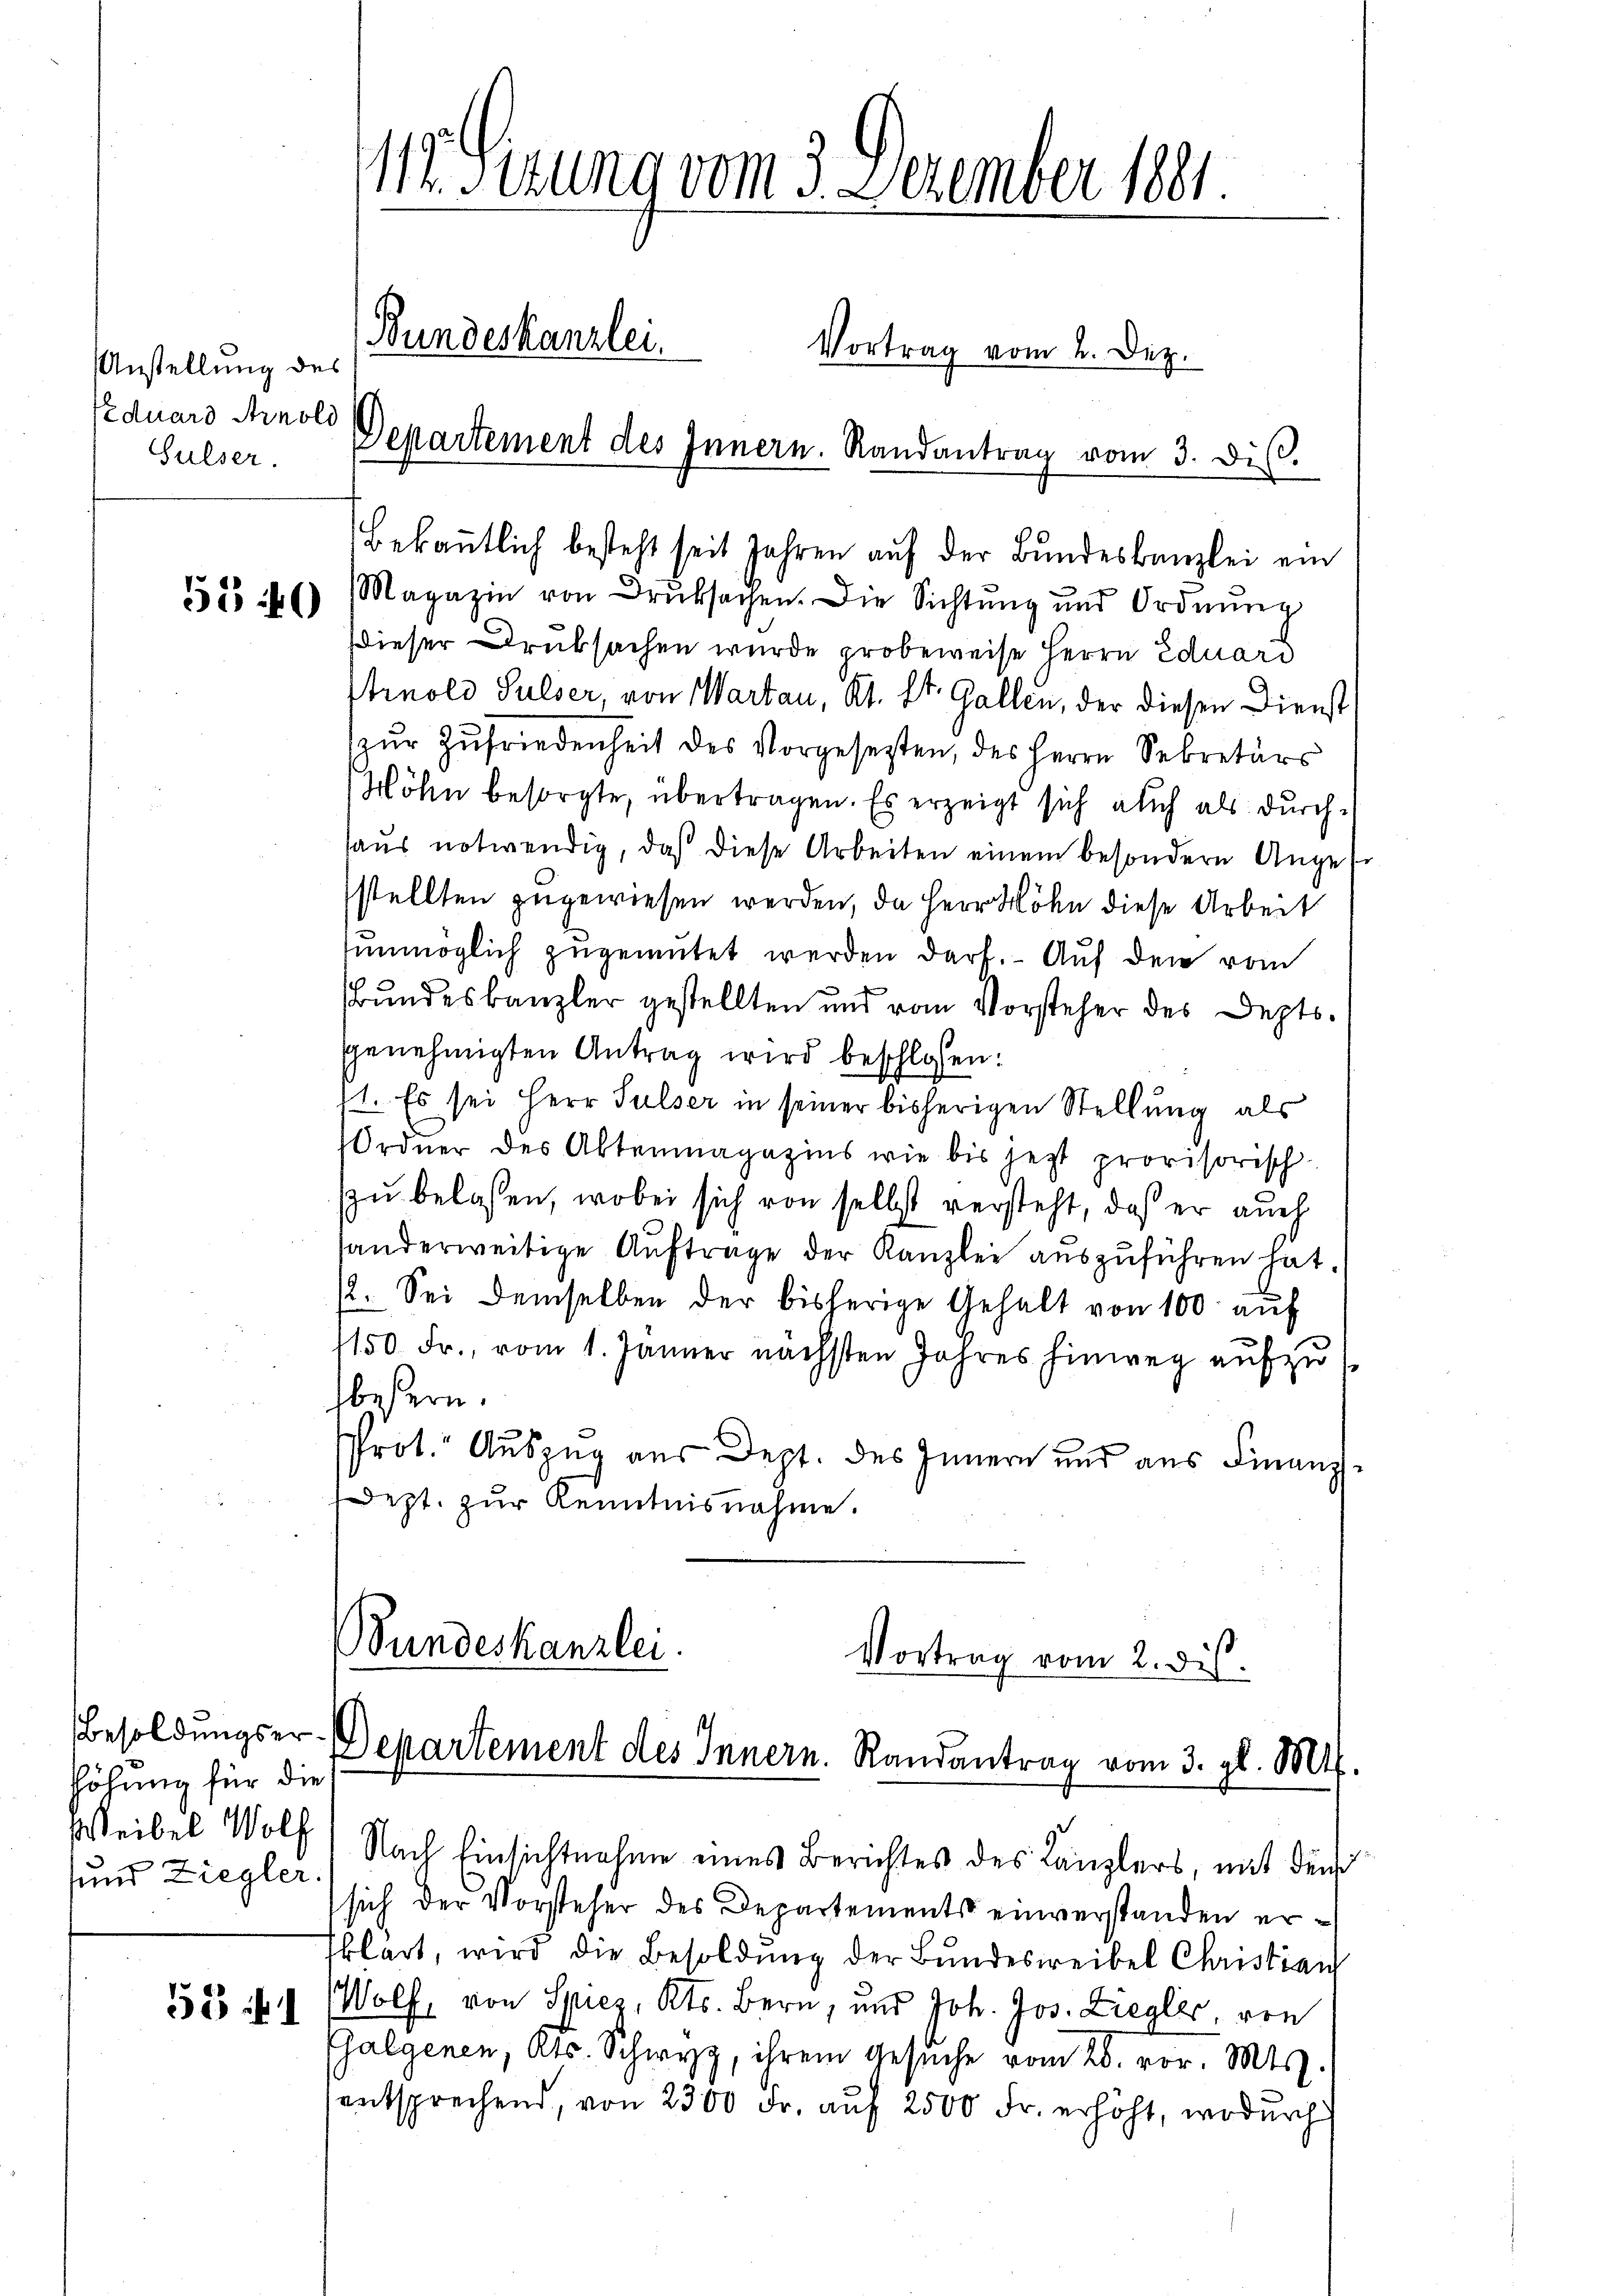
Anstellung des
Eduard Arnold
Gulser.

55 40

Besoldungserhöhung für die
sund Ziegler.

53 f

117. Sitzung vom 3. Dezember 1881.
(Bundeskanzlei.
Vortrag vom 2. Dez.
Departement des Innern. Randantrag vom 3. diβ.

bekanntlich besteht seit Jahren auf der Bundeskanzlei ein
Magazin von Druksachen. Die Sichtŭng und Ordnŭng
dieser Druksachen wurde probeweise Herrn Eduard
Strnold Sulser, von Martau, Kt. St. Gallen, der diesen Dienst
zur Zufriedenheit des Vorgesetzten, des Herrn Sekretärs
Höhn besorgte, übertragen. Es erzeigt sich auch als durchhaŭs notwendig, daß diese Arbeiten einem besondern Angestellten zugewiesen werden, da Herr Höhe diese Arbeit
unmöglich zugemutet werden darf. Auf den vom
Bundeskanzler gestellten und vom Vorsteher des Deptsgenehmigten Antrag wird beschlossen:
71. Es sei Herr Sulser in seiner bisherigen Stellung als
Ordner des Aktenmagazins wie bis jetzt provisorisch
zu belassen, wobei sich von selbst versteht, daß er auch
handerweitige Auftrage der Kanzlei auszuführen hat.
12. Sei demselben der bisherige Gehalt von 100 auf
1150 Fr., vom 1. Jänner nächsten Jahres hinweg aufzu
beßern.
Prot. Auszug aus Dept. des Innern und aus Finanzdept. zur Kenntnisnahme.
Sundeskanzlei.
Vortrag vom 2. ds.
Departement des Innern. Randantrag vom 3. gl. M.

Weibel Wolf) Nach Einsichtnahme eines Berichtes des Kanzlers, mit dem
sich der Vorsteher des Departements einverstanden er¬
Eklärt, wird die Besoldŭng der Bundesweibel Christian
Wolf, von Spiez, Kts. Bern, und Joh. Jos. Ziegler, von
Galgenen, Kts. Schwyz, ihrem Gesŭche vom 28. vor. Mts.
entsprechend, von 2300 Fr. auf 2500 Fr. erhöht, wodurch